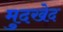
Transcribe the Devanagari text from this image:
मुदखेद